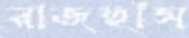
রাজহাঁস